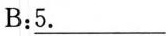
B:\underline{5.}